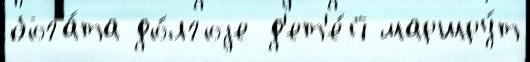
бога́та до́лгоjе д'ет'е́й маршру́т